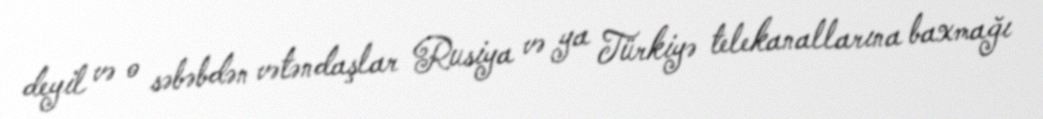
deyil və o səbəbdən vətəndaşlar Rusiya və ya Türkiyə telekanallarına baxmağı